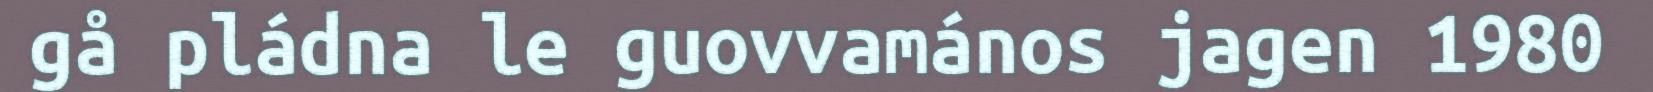
gå pládna le guovvamános jagen 1980